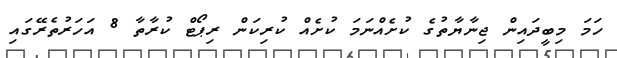
ހަމަ މިބީދައިން ޖިނާޔާތުގެ ކުށެއްނަމަ ކުށެއް ކުރިކަން ރިޕޯޓް ކުރާތާ 8 އަހަރުތެރޭގައި